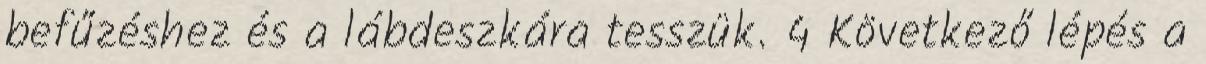
befűzéshez és a lábdeszkára tesszük. 4 Következő lépés a